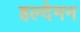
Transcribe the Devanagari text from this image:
हल्देमन